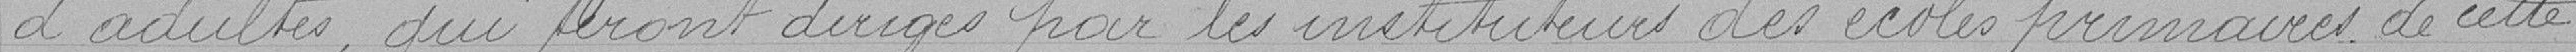
d'adulte qui seront dirigés par les instituteurs des écoles primaires de cette